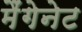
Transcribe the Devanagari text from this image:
मैंगेनेट